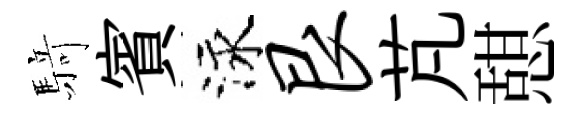
𮪍賓泳艮芃憇